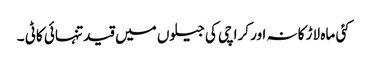
کئی ماہ لاڑ کانہ اور کراچی کی جیلوں میں قید تنہائی کاٹی ۔